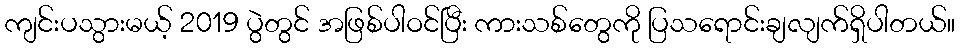
ကျင်းပသွားမယ့် 2019 ပွဲတွင် အဖြစ်ပါဝင်ပြီး ကားသစ်တွေကို ပြသရောင်းချလျက်ရှိပါတယ်။